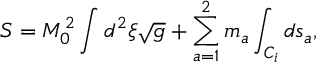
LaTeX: S = M _ { 0 } ^ { 2 } \int d ^ { 2 } \xi \sqrt { g } + \sum _ { a = 1 } ^ { 2 } m _ { a } \int _ { C _ { i } } d s _ { a } ,